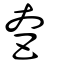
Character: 𡗨